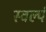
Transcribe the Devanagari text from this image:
स्वल्पं